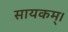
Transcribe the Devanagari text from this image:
सायकम्।